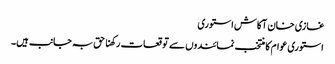
غازی خان آکاش استوری
استوری عوام کا منتخب نمائندوں سے توقعات رکھنا حق بہ جانب ہیں۔